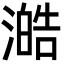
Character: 澔